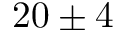
2 0 \pm 4